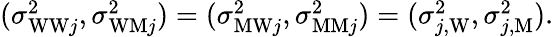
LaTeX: \begin{array}{r}{(\sigma_{\mathrm{WW}j}^{2},\sigma_{\mathrm{WM}j}^{2})=(\sigma_{\mathrm{MW}j}^{2},\sigma_{\mathrm{MM}j}^{2})=(\sigma_{j,\mathrm{W}}^{2},\sigma_{j,\mathrm{M}}^{2}).}\end{array}